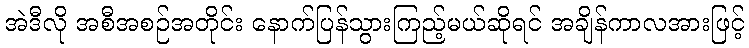
အဲဒီလို အစီအစဉ်အတိုင်း နောက်ပြန်သွားကြည့်မယ်ဆိုရင် အချိန်ကာလအားဖြင့်